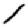
Digit: 1